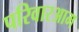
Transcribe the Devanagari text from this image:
परिवारआम